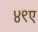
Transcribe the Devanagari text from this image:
४९ए